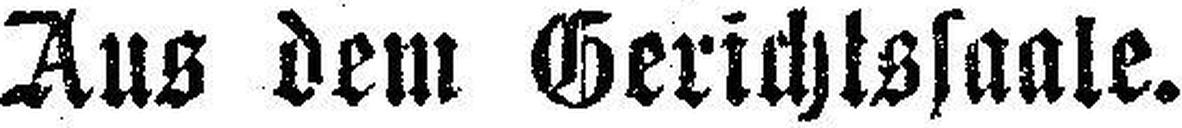
Aus dem Gerichtssaale.